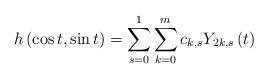
LaTeX: \begin{align*}h \left( \cos t,\sin t\right)=\sum_{s=0}^{1}\sum_{k=0}^{m}c_{k,s}Y_{2k,s}\left( t\right) \end{align*}